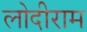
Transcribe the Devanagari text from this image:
लोदीराम